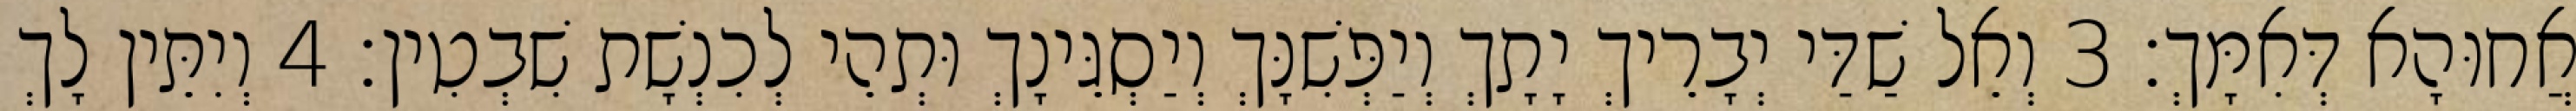
אֲחוּהָא דְּאִמָּךְ׃ 3 וְאֵל שַׁדַּי יְבָרֵיךְ יָתָךְ וְיַפְּשִׁנָּךְ וְיַסְגֵּינָךְ וּתְהֵי לְכִנְשָׁת שִׁבְטִין׃ 4 וְיִתֵּין לָךְ